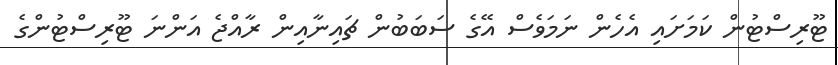
ޓޫރިސްޓުން ކަމަށައި އެހެން ނަމަވެސް އޭގެ ސަބަބުން ޗައިނާއިން ރާއްޖެ އަންނަ ޓޫރިސްޓުންގެ